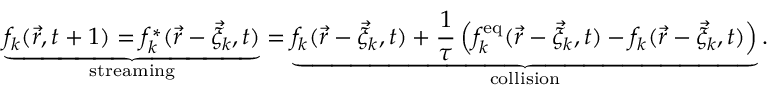
\underbrace { f _ { k } ( \vec { r } , t + 1 ) = f _ { k } ^ { * } ( \vec { r } - \vec { \xi } _ { k } , t ) } _ { \mathrm { s t r e a m i n g } } = \underbrace { f _ { k } ( \vec { r } - \vec { \xi } _ { k } , t ) + \frac { 1 } { \tau } \left( f _ { k } ^ { \mathrm { e q } } ( \vec { r } - \vec { \xi } _ { k } , t ) - f _ { k } ( \vec { r } - \vec { \xi } _ { k } , t ) \right) } _ { \mathrm { c o l l i s i o n } } .